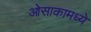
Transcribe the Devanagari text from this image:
ओसाकामध्ये